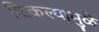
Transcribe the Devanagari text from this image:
शिकल्यामुळे